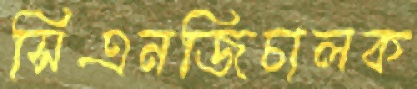
সিএনজিচালক